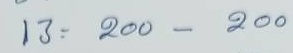
13 = 200 - 200